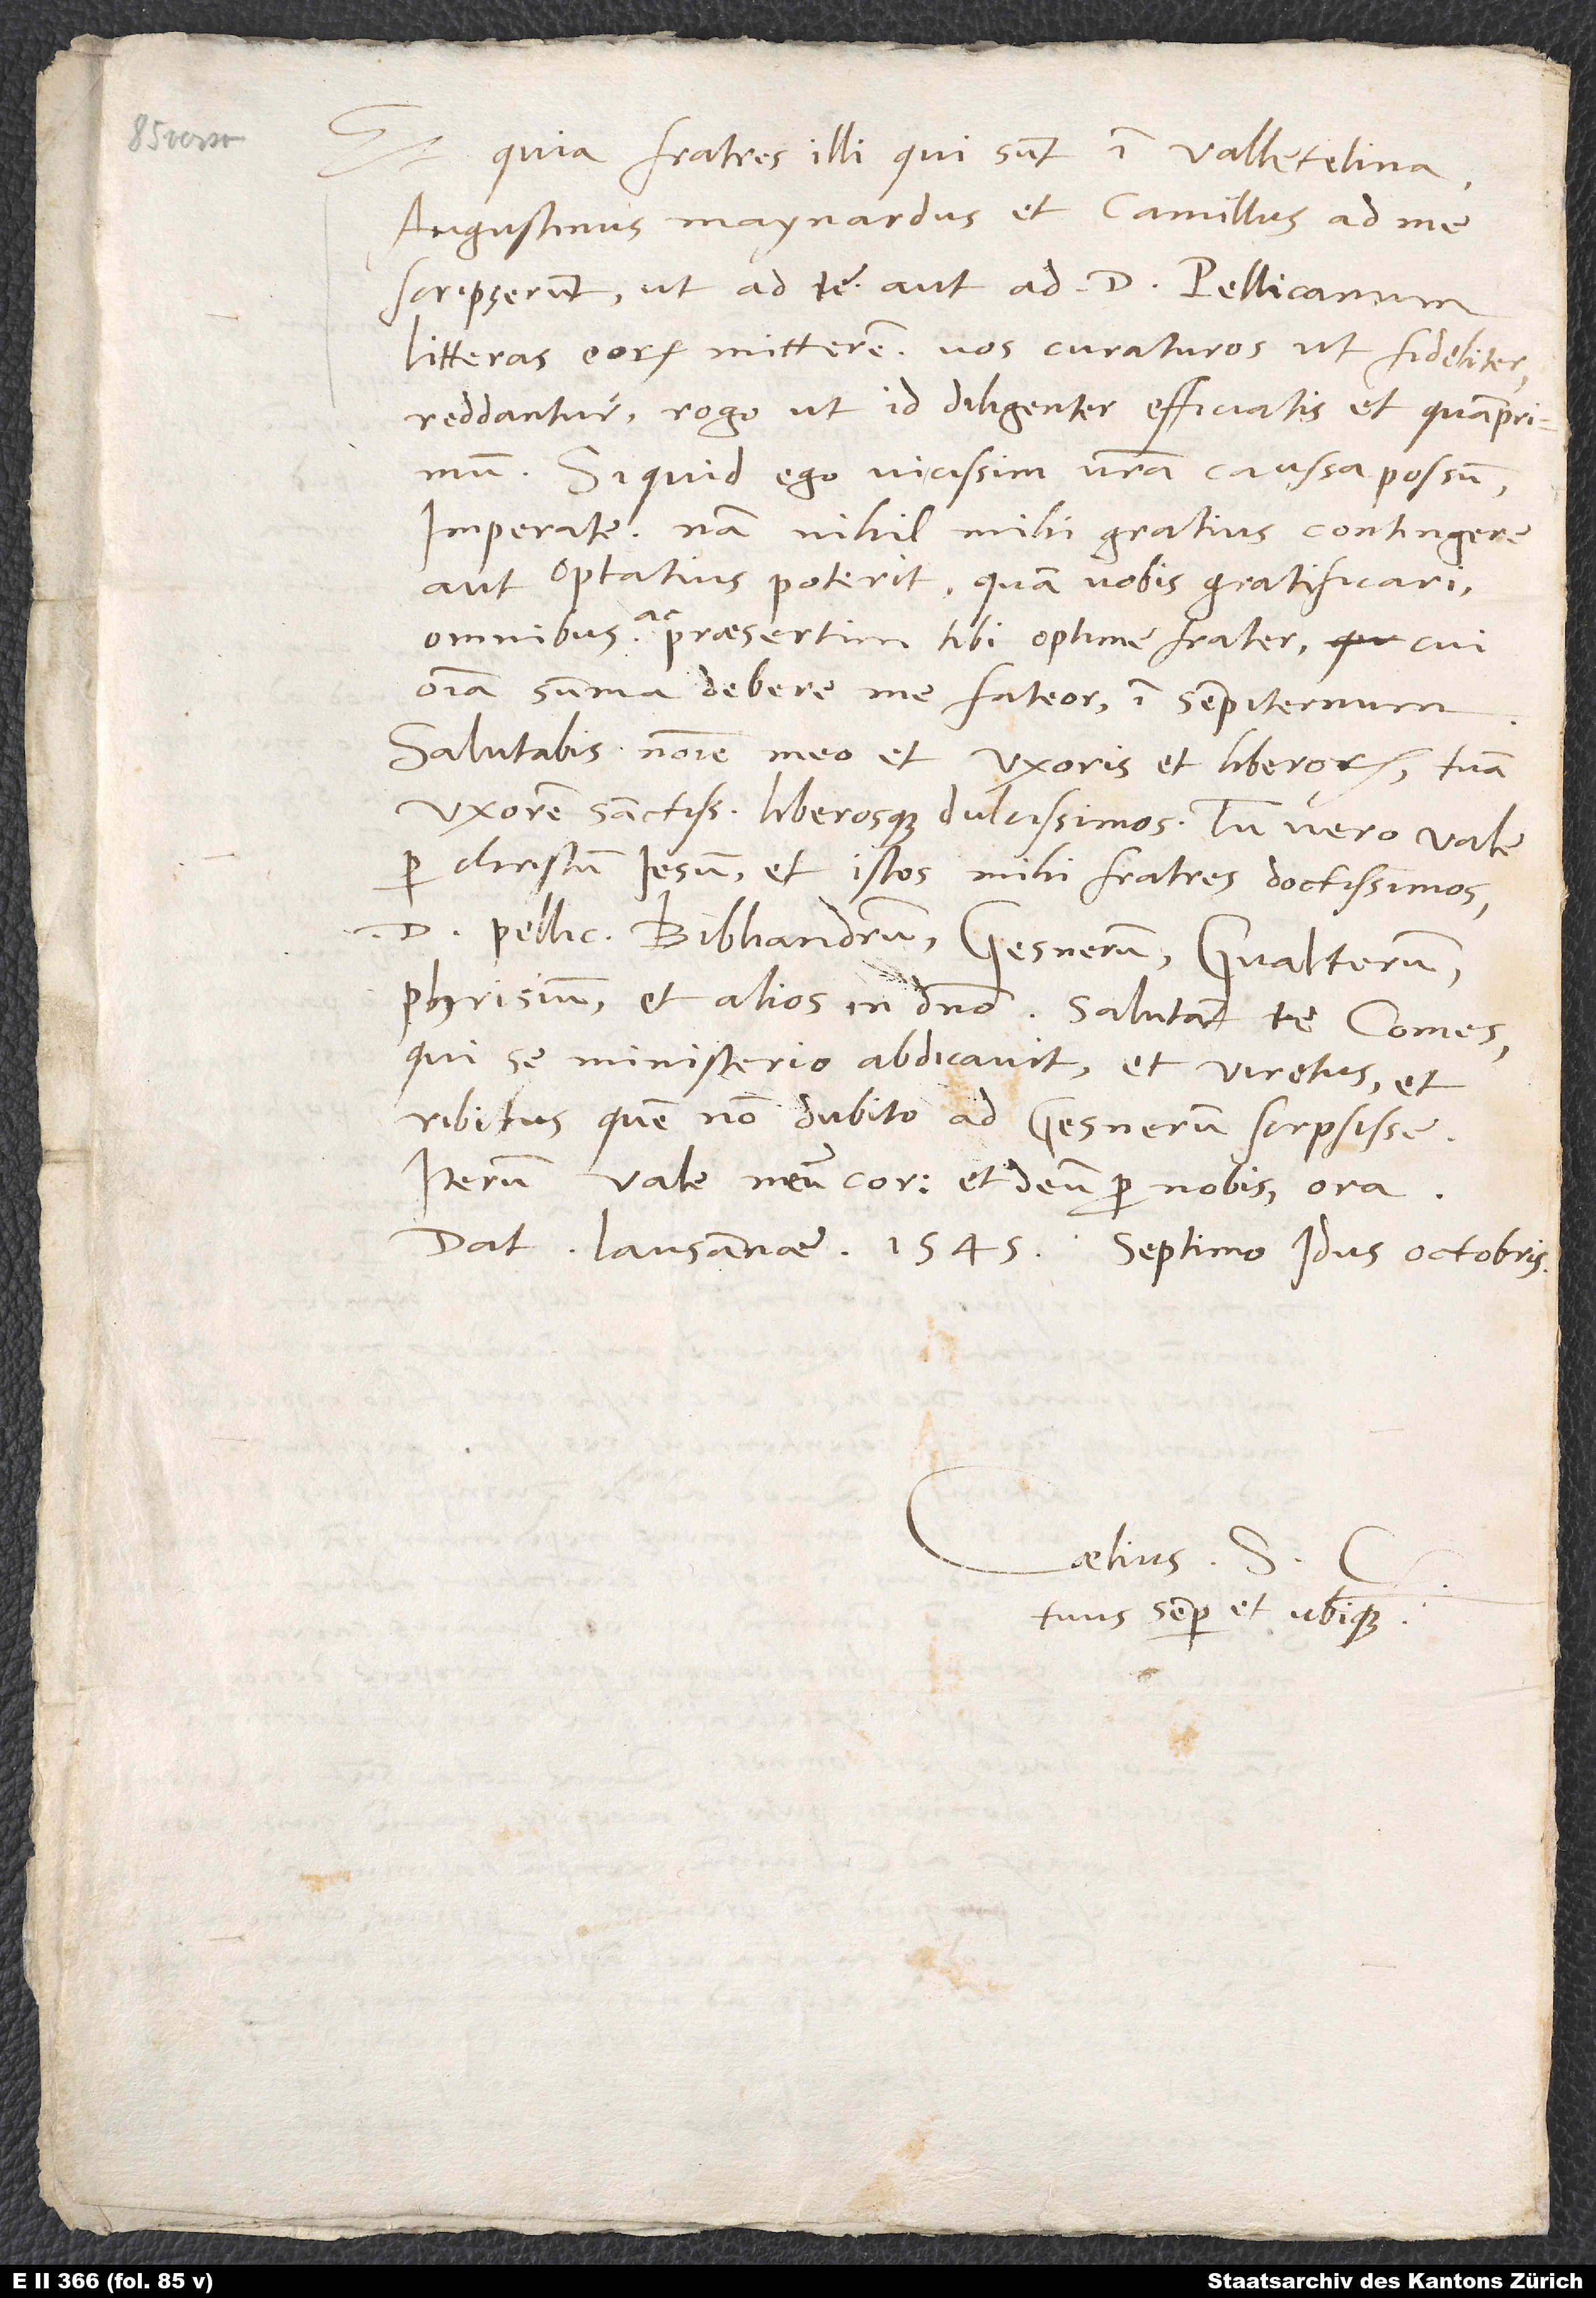
Et quia fratres illi, qui sunt in Valletelina,
Augustinus Maynardus et Camillus, ad me
scripserunt, ut ad te aut ad d. Pellicanum
litteras eorum mitterem, vos curaturos, ut fideliter
reddantur, rogo, ut id diligenter efficiatis et quam primum.
Si quid ego vicissim vestra caussa possum,
imperate; nam nihil mihi gratius contingere
aut optatius poterit quam vobis gratificari
omnibus ac presertim tibi, optime frater, cum
omnia summa debere me fateor in sempiternum.
Salutabis nomine meo et uxoris et liberorum tuam
uxorem sanctissimam liberosque dulcissimos. Tu vero vale
per Christum Iesum et istos mihi fratres doctissimos
d. Pellicanum, Bibliandrum, Gesnerum, Gvalterum,
qui se ministerio abdicavit, et Viretus, et
Ribitus, quem non dubito ad Gesnerum scripsisse.
Iterum vale, meum cor, et deum pro nobis ora.
Datum Lausannae, 1545, septimo idus octobris.
Caelius S.
tuus semper et ubique.